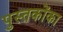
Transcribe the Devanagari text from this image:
पुस्‍तकोंका